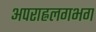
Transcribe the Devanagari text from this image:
अपराह्नलगभग